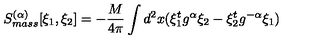
S _ { m a s s } ^ { ( \alpha ) } [ \xi _ { 1 } , \xi _ { 2 } ] = - \frac { M } { 4 \pi } \int d ^ { 2 } x ( \xi _ { 1 } ^ { t } g ^ { \alpha } \xi _ { 2 } - \xi _ { 2 } ^ { t } g ^ { - \alpha } \xi _ { 1 } )